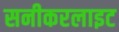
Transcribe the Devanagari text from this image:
सनीकरलाइट